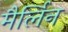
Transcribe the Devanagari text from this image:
मैर्लिन